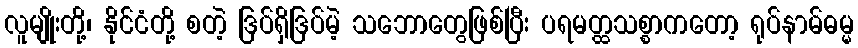
လူမျိုးတို့၊ နိုင်ငံတို့ စတဲ့ ဒြပ်ရှိဒြပ်မဲ့ သဘောတွေဖြစ်ပြီး ပရမတ္ထသစ္စာကတော့ ရုပ်နာမ်ဓမ္မ